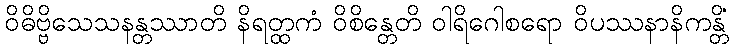
ဝိဓိဗ္ဗိသေသနန္တဿာတိ နိရတ္ထကံ ဝိစိန္တေတိ ဝါရိဂေါစရော ဝိပဿနာနိကန္တိံ